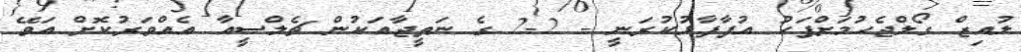
ލުއިޒް ގޯލްޖެހުމަށްފަހު އުފާފާޅުކުރަނީ - 2-2 ގެ ނަތީޖާއަކުން ޗެލްސީއާ އެއްވަރުކޮށް އަވޭ